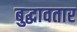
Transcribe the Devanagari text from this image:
बुद्धावतार